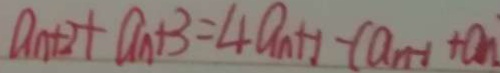
a _ { n + 2 } + a _ { n } + 3 = 4 a _ { n } + 1 - ( a _ { n - 1 } + a _ { n }